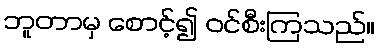
ဘူတာမှ စောင့်၍ ဝင်စီးကြသည်။